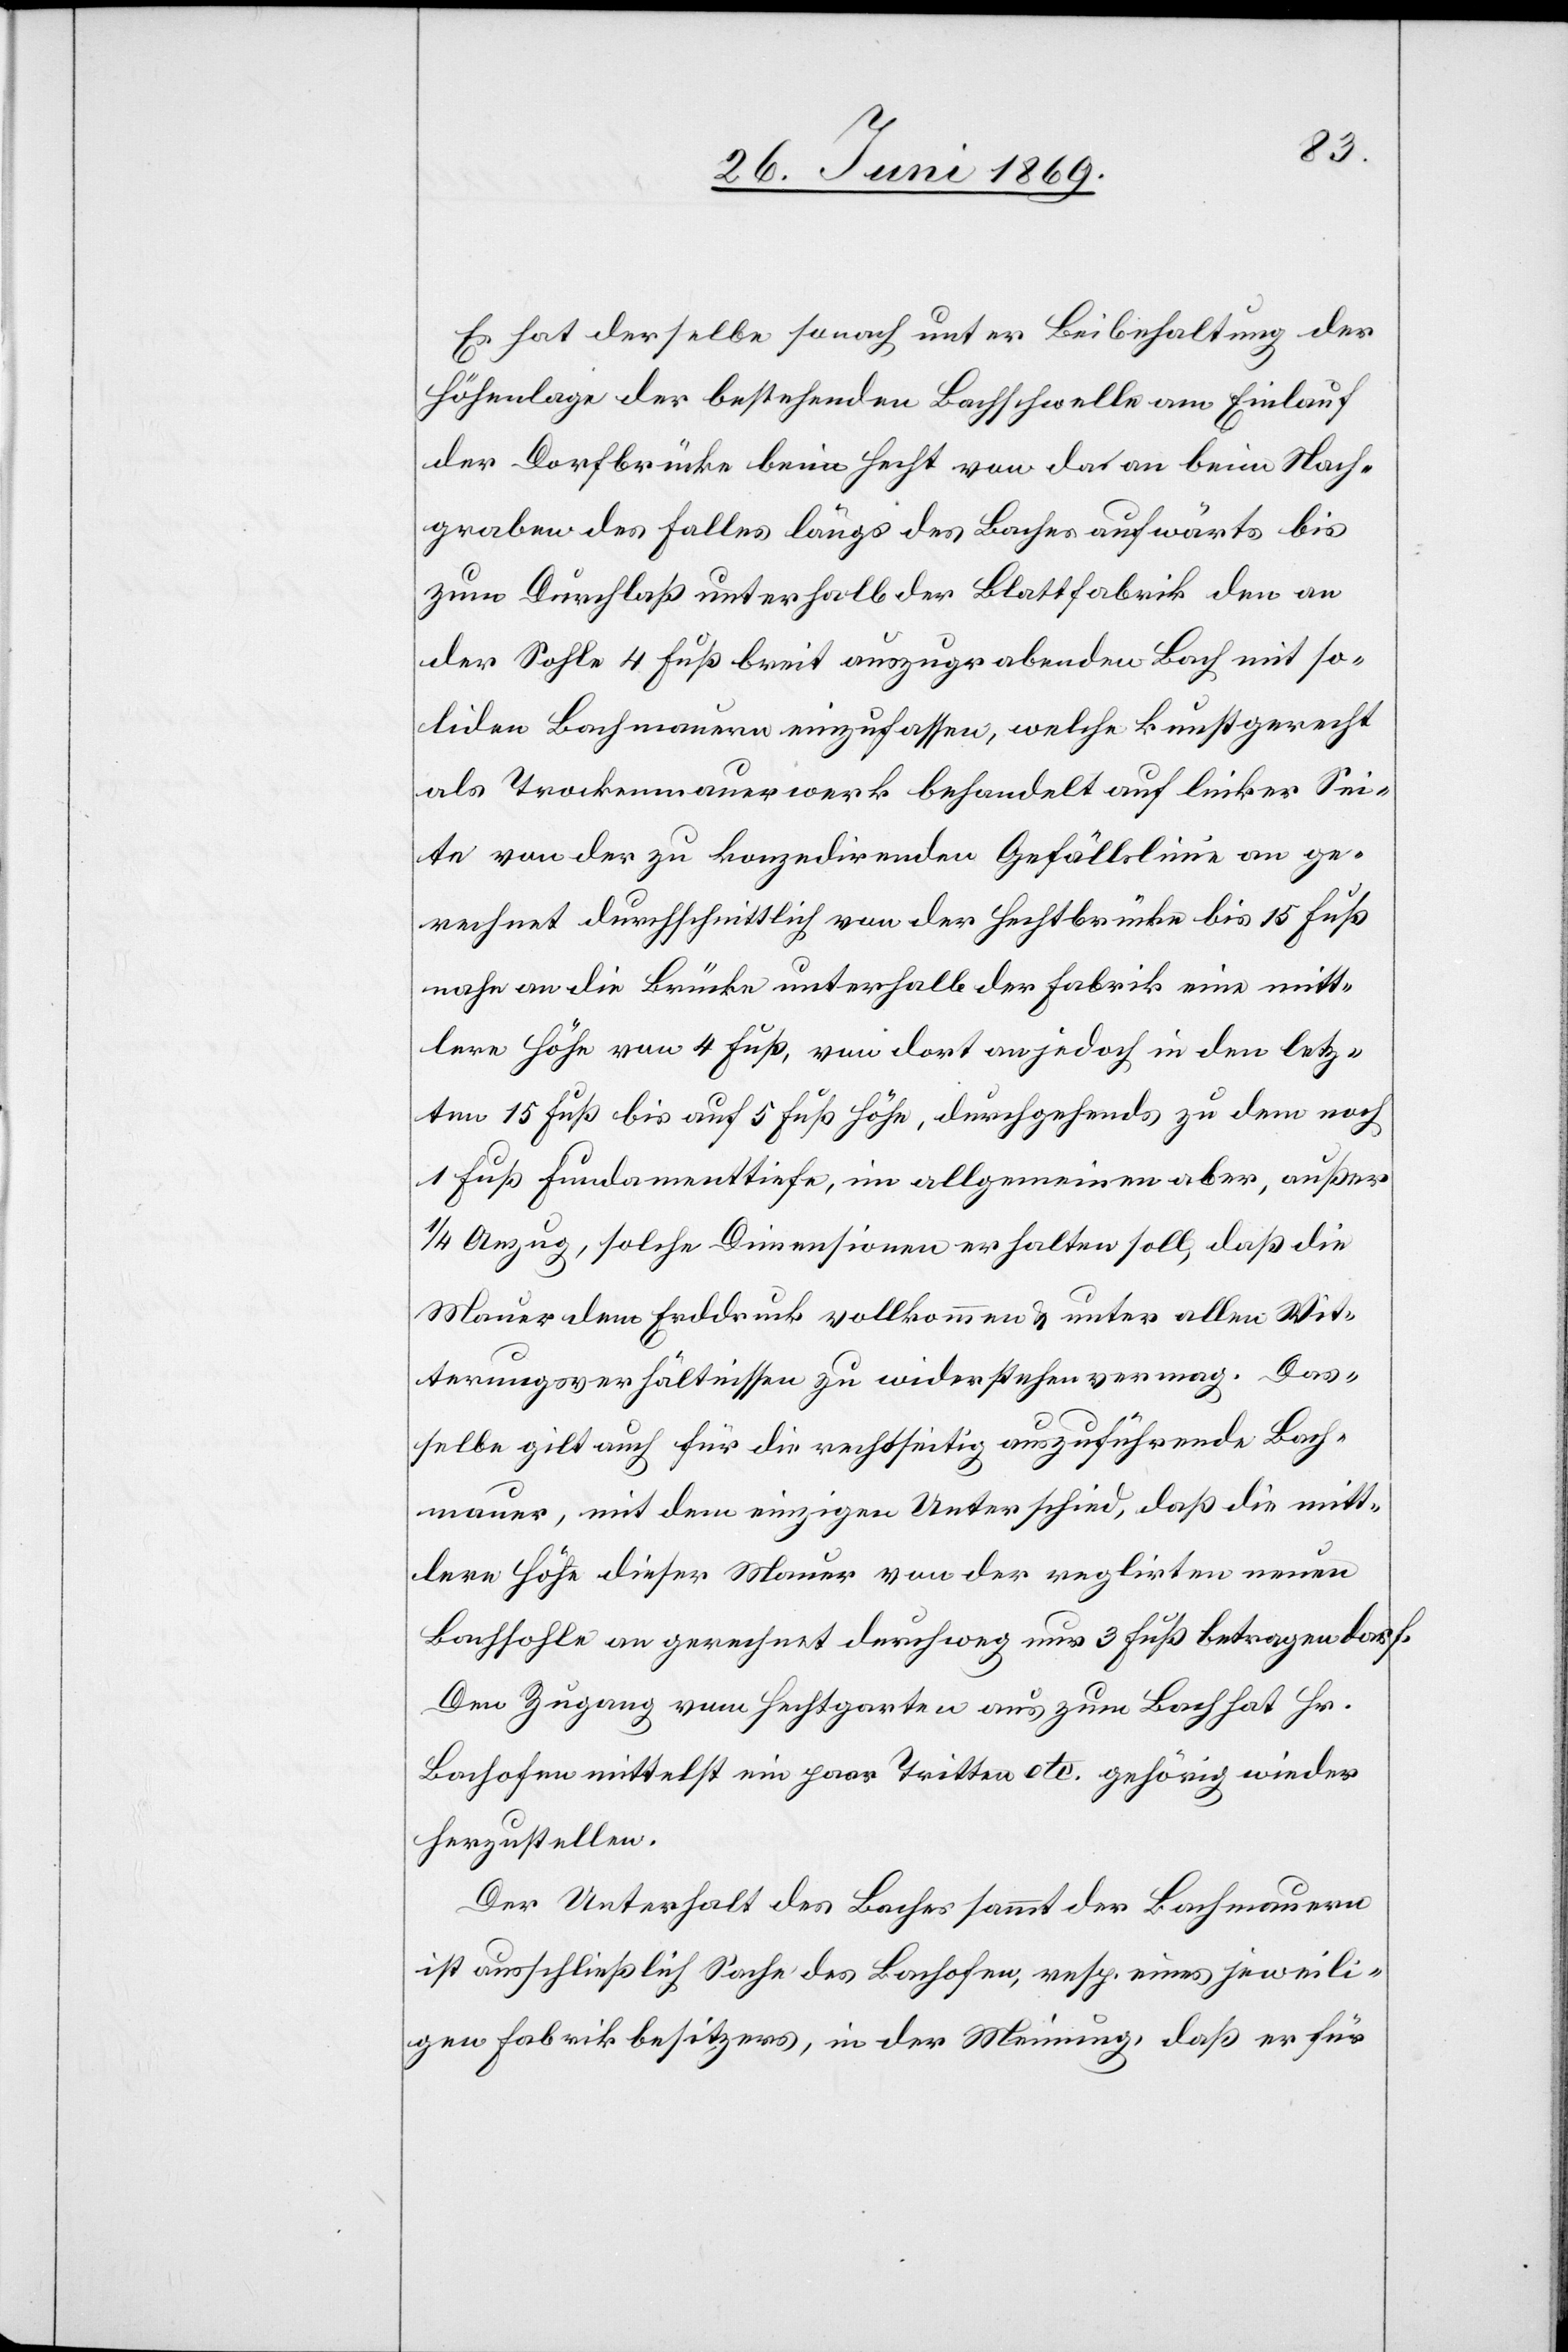
Es hat derselbe sonach unter Beibehaltung der
Höhenlage der bestehenden Bachschwelle am Einlauf
der Dorfbrücke beim Hecht von da an beim Nach¬
graben des Falles längs des Baches aufwärts bis
zum Durchlaß unterhalb der Blattfabrik den an
der Sohle 4 Fuß breit auszugrabenden Bach mit so¬
liden Bachmauern einzufassen, welche kunstgerecht
als Trockenmauerwerk behandelt auf linker Sei¬
te von der zu konzedirenden Gefällslinie an ge¬
rechnet durchschnittlich von der Hechtbrücke bis 15 Fuß
nahe an die Brücke unterhalb der Fabrik eine mitt¬
lere Höhe von 4 Fuß, von dort an jedoch in den letz¬
ten 15 Fuß bis auf 5 Fuß Höhe, durchgehends zu dem noch
1 Fuß Fundamenttiefe, im allgemeinen aber, außer
1/4 Anzug, solche Dimensionen erhalten soll, daß die
Mauer dem Erddruck vollkommen u. unter allen Wit¬
terungsverhältnissen zu widersprechen vermag. Das¬
selbe gilt auch für die rechtseitig auszuführende Bach¬
mauer, mit dem einzigen Unterschied, daß die mitt¬
lere Höhe dieser Mauer von der reglirten neuen
Bachsohle an gerechnet durchweg nur 3 Fuß betragen darf.
Den Zugang am Hechtgarten aus zum Bach hat Hr.
Bachofen mittelst ein paar Tritten etc. gehörig wieder
herzustellen.
Der Unterhalt des Baches sammt der Bachmauern
ist ausschließlich Sache des Bachofens, resp. eines jeweili¬
gen Fabrikbesitzers, in der Meinung, daß er für